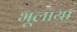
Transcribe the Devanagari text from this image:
भूलाया